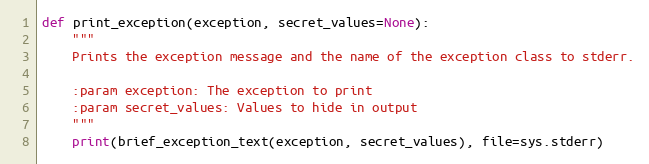
Language: Python
def print_exception(exception, secret_values=None):
    """
    Prints the exception message and the name of the exception class to stderr.

    :param exception: The exception to print
    :param secret_values: Values to hide in output
    """
    print(brief_exception_text(exception, secret_values), file=sys.stderr)